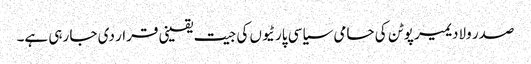
صدر ولادیمیر پوٹن کی حامی سیاسی پارٹیوں کی جیت یقینی قرار دی جا رہی ہے۔